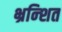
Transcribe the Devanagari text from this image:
भ्रन्शित